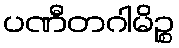
ပဏီတဂါမိဉ္စ